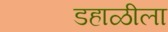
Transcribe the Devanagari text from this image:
डहाळीला